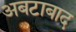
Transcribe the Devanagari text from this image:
अबटाबाद